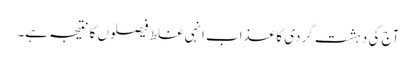
آج کی دہشت گردی کا عذاب انہی غلط فیصلوں کا نتیجہ ہے۔